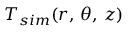
T _ { s i m } ( r , \, \theta , \, z )